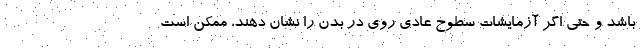
باشد و حتی اگر آزمایشات سطوح عادی روی در بدن را نشان دهند، ممکن است